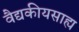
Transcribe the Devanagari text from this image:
वैद्यकीयसाह्य